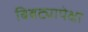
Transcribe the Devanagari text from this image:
बिबट्यापेक्षा